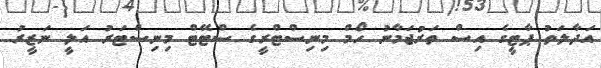
އަދާލަތު ޕާޓީގެ އިސް ތަރުޖަމާނު ހޯމް މިނިސްޓްރީގެ ސްޓޭޓް މިނިސްޓަރު އަލީ ނަޒީރު